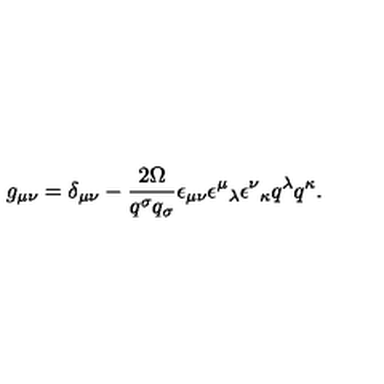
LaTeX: g _ { \mu \nu } = \delta _ { \mu \nu } - \frac { 2 \Omega } { q ^ { \sigma } q _ { \sigma } } \epsilon _ { \mu \nu } \epsilon ^ { \mu } { } _ { \lambda } \epsilon ^ { \nu } { } _ { \kappa } q ^ { \lambda } q ^ { \kappa } .